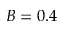
B = 0 . 4